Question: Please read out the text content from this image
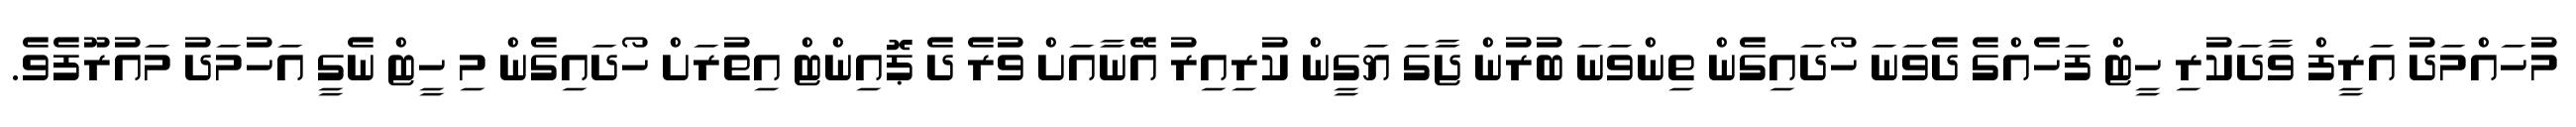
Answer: މުހައްމަދު އަރީފް ވާދަކުރި ހީޓް ފަހެއްގެ ދެވަނަ ހޯދައިގެން ތިންވަނަ ބުރުން ޖާގަ ޔަގީން ކުރިއިރު އޭނާއަށް ވުރެ ދެ ޕޮއިންޓް އިތުރަށް ހޯދައިގެން މި ހީޓް ނެގީ އަހުމަދު މައުރޫފެވެ.